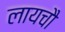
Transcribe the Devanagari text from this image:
लायचौ